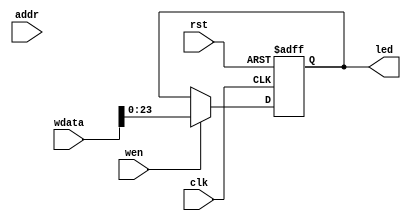
module LEDDriver (
    input  wire        rst,
    input  wire        clk,
    input  wire [11:0] addr,
    input  wire        wen,
    input  wire [31:0] wdata,
    output reg  [23:0] led
);

  always @(posedge clk or posedge rst) begin
    if (rst) led <= 24'd0;
    else if (wen) led <= wdata[23:0];
  end

endmodule